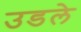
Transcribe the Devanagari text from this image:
उडले